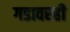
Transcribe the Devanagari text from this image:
गडावरही